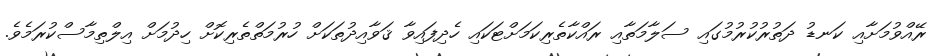
ރޭއްވުމަށާއި ކަނޑު ދަތުރުކުރުމުގައި ސަލާމަތާއި ރައްކާތެރިކަމަށްޓަކައި ހެދިފައިވާ ޤަވާއިދުތަކަށް ހުރުމަތްތެރިކޮށް ހިދުމަށް އިލްތިމާސްކުރަމެވެ.